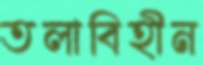
তলাবিহীন